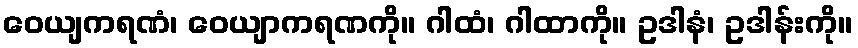
ဝေယျကရဏံ၊ ဝေယျာကရဏကို။ ဂါထံ၊ ဂါထာကို။ ဥဒါနံ၊ ဥဒါန်းကို။